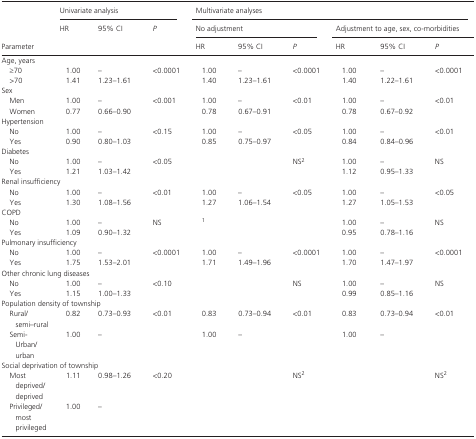
<table><thead><tr><td rowspan="3"><b>Parameter</b></td><td colspan="3"><b>Univariate analysis</b></td><td colspan="3"><b>Multivariate analyses</b></td><td colspan="3"></td></tr><tr><td rowspan="2"><b>HR</b></td><td rowspan="2"><b>95% CI</b></td><td rowspan="2"><b><i>P</i></b></td><td colspan="3"><b>No adjustment</b></td><td colspan="3"><b>Adjustment to age, sex, co‐morbidities</b></td></tr><tr><td><b>HR</b></td><td><b>95% CI</b></td><td><b><i>P</i></b></td><td><b>HR</b></td><td><b>95% CI</b></td><td><b><i>P</i></b></td></tr></thead><tbody><tr><td colspan="10">Age, years</td></tr><tr><td> ≥70</td><td>1.00</td><td>–</td><td>&lt;0.0001</td><td>1.00</td><td>–</td><td>&lt;0.0001</td><td>1.00</td><td>–</td><td>&lt;0.0001</td></tr><tr><td> &gt;70</td><td>1.41</td><td>1.23–1.61</td><td></td><td>1.40</td><td>1.23–1.61</td><td></td><td>1.40</td><td>1.22–1.61</td><td></td></tr><tr><td colspan="10">Sex</td></tr><tr><td> Men</td><td>1.00</td><td>–</td><td>&lt;0.001</td><td>1.00</td><td>–</td><td>&lt;0.01</td><td>1.00</td><td>–</td><td>&lt;0.01</td></tr><tr><td> Women</td><td>0.77</td><td>0.66–0.90</td><td></td><td>0.78</td><td>0.67–0.91</td><td></td><td>0.78</td><td>0.67–0.92</td><td></td></tr><tr><td colspan="10">Hypertension</td></tr><tr><td> No</td><td>1.00</td><td>–</td><td>&lt;0.15</td><td>1.00</td><td>–</td><td>&lt;0.05</td><td>1.00</td><td>–</td><td>&lt;0.01</td></tr><tr><td> Yes</td><td>0.90</td><td>0.80–1.03</td><td></td><td>0.85</td><td>0.75–0.97</td><td></td><td>0.84</td><td>0.84–0.96</td><td></td></tr><tr><td colspan="10">Diabetes</td></tr><tr><td> No</td><td>1.00</td><td>–</td><td>&lt;0.05</td><td></td><td></td><td>NSb</td><td>1.00</td><td>–</td><td>NS</td></tr><tr><td> Yes</td><td>1.21</td><td>1.03–1.42</td><td></td><td></td><td></td><td></td><td>1.12</td><td>0.95–1.33</td><td></td></tr><tr><td colspan="10">Renal insufficiency</td></tr><tr><td> No</td><td>1.00</td><td>–</td><td>&lt;0.01</td><td>1.00</td><td>–</td><td>&lt;0.05</td><td>1.00</td><td>–</td><td>&lt;0.05</td></tr><tr><td> Yes</td><td>1.30</td><td>1.08–1.56</td><td></td><td>1.27</td><td>1.06–1.54</td><td></td><td>1.27</td><td>1.05–1.53</td><td></td></tr><tr><td colspan="10">COPD</td></tr><tr><td> No</td><td>1.00</td><td>–</td><td>NS</td><td colspan="2">a</td><td></td><td>1.00</td><td>–</td><td>NS</td></tr><tr><td> Yes</td><td>1.09</td><td>0.90–1.32</td><td></td><td></td><td></td><td></td><td>0.95</td><td>0.78–1.16</td><td></td></tr><tr><td colspan="10">Pulmonary insufficiency</td></tr><tr><td> No</td><td>1.00</td><td>–</td><td>&lt;0.0001</td><td>1.00</td><td>–</td><td>&lt;0.0001</td><td>1.00</td><td>–</td><td>&lt;0.0001</td></tr><tr><td> Yes</td><td>1.75</td><td>1.53–2.01</td><td></td><td>1.71</td><td>1.49–1.96</td><td></td><td>1.70</td><td>1.47–1.97</td><td></td></tr><tr><td colspan="10">Other chronic lung diseases</td></tr><tr><td> No</td><td>1.00</td><td>–</td><td>&lt;0.10</td><td></td><td></td><td>NS</td><td>1.00</td><td>–</td><td>NS</td></tr><tr><td> Yes</td><td>1.15</td><td>1.00–1.33</td><td></td><td></td><td></td><td></td><td>0.99</td><td>0.85–1.16</td><td></td></tr><tr><td colspan="10">Population density of township</td></tr><tr><td> Rural/semi–rural</td><td>0.82</td><td>0.73–0.93</td><td>&lt;0.01</td><td>0.83</td><td>0.73–0.94</td><td>&lt;0.01</td><td>0.83</td><td>0.73–0.94</td><td>&lt;0.01</td></tr><tr><td> Semi‐Urban/urban</td><td>1.00</td><td>–</td><td></td><td>1.00</td><td>–</td><td></td><td>1.00</td><td>–</td><td></td></tr><tr><td colspan="10">Social deprivation of township</td></tr><tr><td> Most deprived/deprived</td><td>1.11</td><td>0.98–1.26</td><td rowspan="2">&lt;0.20</td><td></td><td></td><td rowspan="2">NSb</td><td></td><td></td><td rowspan="2">NSb</td></tr><tr><td> Privileged/most privileged</td><td>1.00</td><td>–</td><td></td><td></td><td></td><td></td></tr></tbody></table>